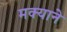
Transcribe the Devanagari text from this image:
मक्याने